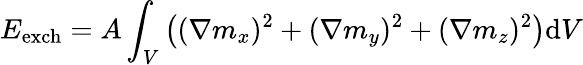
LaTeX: E_{\mathrm{exch}}=A\int_{V}\left((\nabla m_{x})^{2}+(\nabla m_{y})^{2}+(\nabla m_{z})^{2}\right)\mathrm{d}V